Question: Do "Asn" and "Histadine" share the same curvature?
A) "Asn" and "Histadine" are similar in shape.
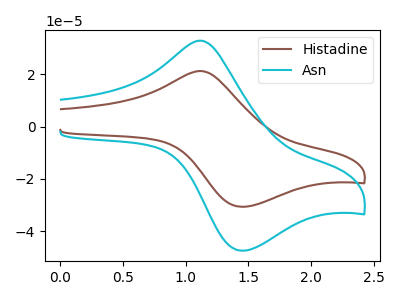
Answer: <think>The brown curve "Histadine" has an anodic peak at (1.10V, 21.15uA) and a cathodic peak at (1.45V, -30.60uA). The cyan curve "Asn" has an anodic peak at (1.10V, 32.70uA) and a cathodic peak at (1.45V, -47.30uA).
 All the peaks in "Asn" have a peak in "Histadine" at the same potential. Every peak in "Asn" is higher than every peak in "Histadine".</think>
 <answer>A) "Asn" and "Histadine" are similar in shape.</answer>
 <eval>A</eval>